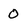
Character: O